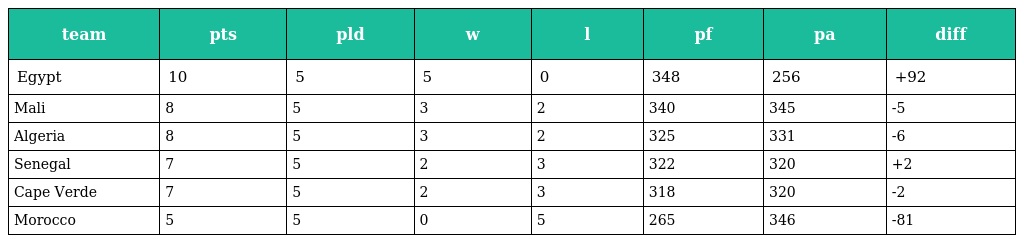
| team | pts | pld | w | l | pf | pa | diff |
 | --- | --- | --- | --- | --- | --- | --- | --- |
 | Egypt | 10 | 5 | 5 | 0 | 348 | 256 | +92 |
 | Mali | 8 | 5 | 3 | 2 | 340 | 345 | -5 |
 | Algeria | 8 | 5 | 3 | 2 | 325 | 331 | -6 |
 | Senegal | 7 | 5 | 2 | 3 | 322 | 320 | +2 |
 | Cape Verde | 7 | 5 | 2 | 3 | 318 | 320 | -2 |
 | Morocco | 5 | 5 | 0 | 5 | 265 | 346 | -81 |